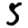
Digit: 5